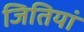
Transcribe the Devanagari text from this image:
जितियां